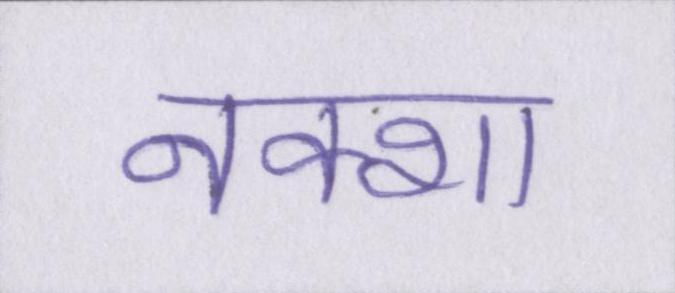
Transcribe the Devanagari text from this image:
नक्शा